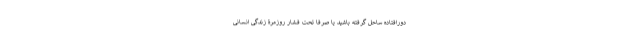
دورافتاده ساحل گرفته باشید یا صرفاً تحت فشار روزمرۀ زندگی انسانی